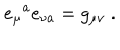
e _ { \mu } { } ^ { a } e _ { \nu a } = g _ { \mu \nu } \ .